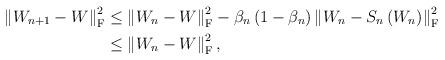
LaTeX: \begin{align*}\left\| W_{n+1} - W \right\|_{\mathrm{F}}^2&\leq \left\|W_{n} - W \right\|_{\mathrm{F}}^2- \beta_n \left(1-\beta_n \right) \left\| W_n - S_n\left(W_n\right) \right\|_{\mathrm{F}}^2\\&\leq \left\|W_{n} - W \right\|_{\mathrm{F}}^2,\end{align*}